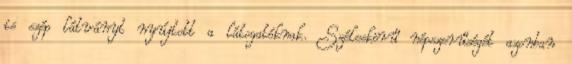
is szép látványt nyújtott a látogatóknak. Széleskörű népszerűségét azonban